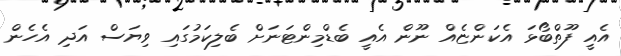
އެއީ ފޫތްބޯޅަ އެކަންޏެއް ނޫން އެއީ ބެޑްމިންޓަނަށް ބެލިކަމުގައި ވިޔަސް އަދި އެހެން